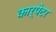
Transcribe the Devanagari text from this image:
कार्पेटर